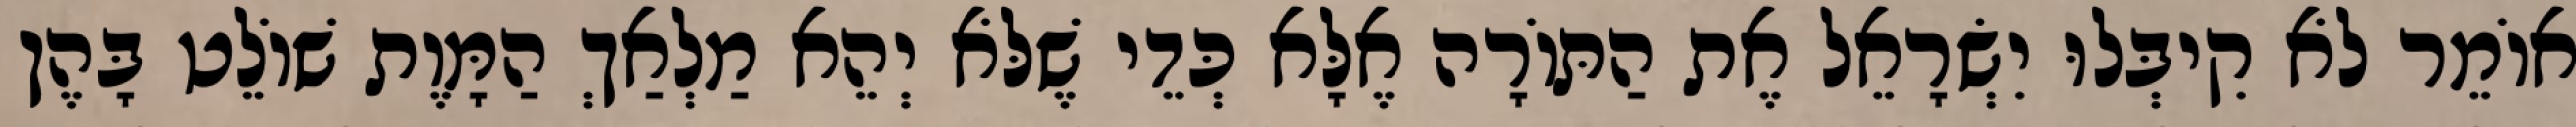
אוֹמֵר לֹא קִיבְּלוּ יִשְׂרָאֵל אֶת הַתּוֹרָה אֶלָּא כְּדֵי שֶׁלֹּא יְהֵא מַלְאַךְ הַמָּוֶת שׁוֹלֵט בָּהֶן